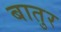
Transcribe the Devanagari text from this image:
बातुर